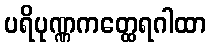
ပရိပုဏ္ဏကတ္ထေရဂါထာ